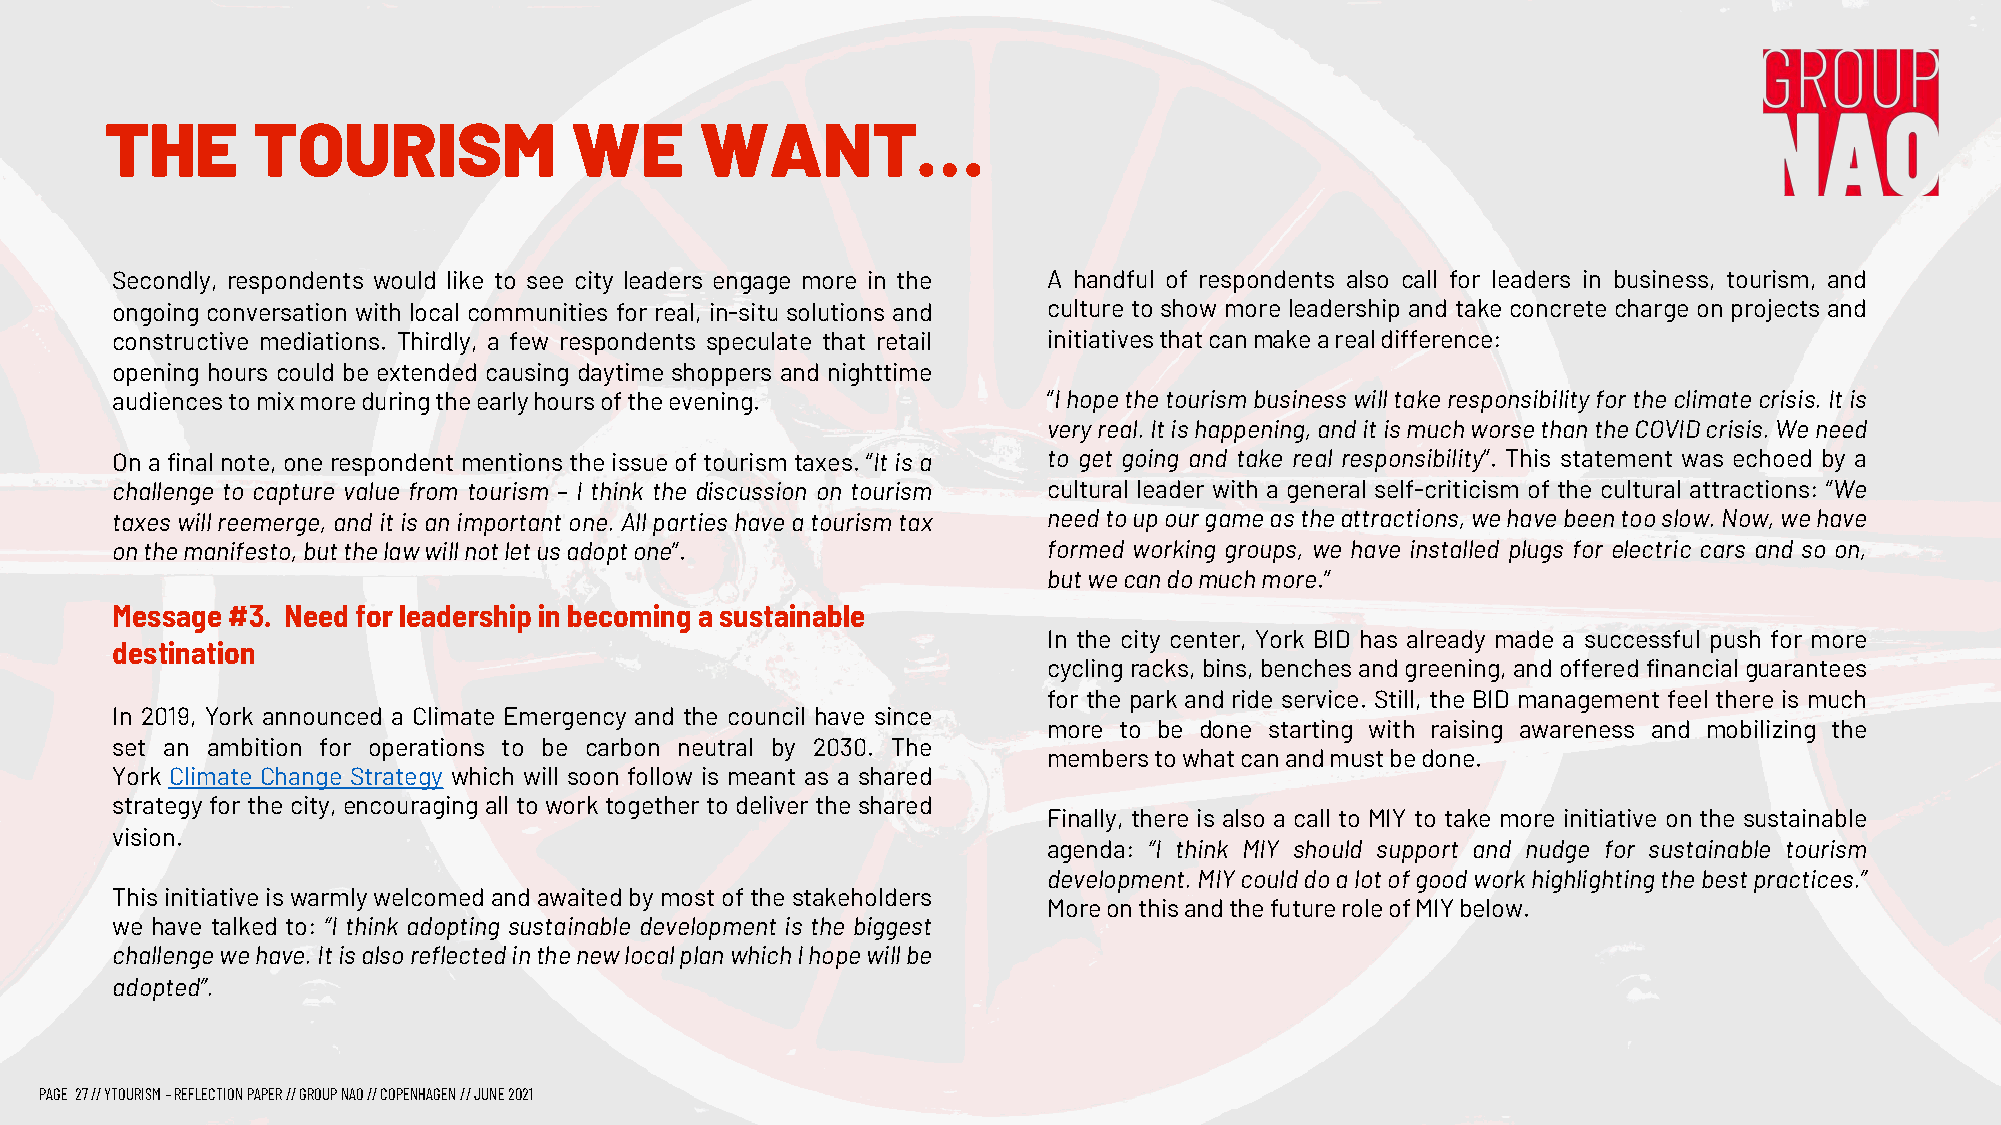
THE       TOURISM              WE      WANT…
 Secondly, respondents would like to see city leaders engage more in the A handful of respondents also call for leaders in business, tourism, and
 ongoing conversation with local communities for real, in-situ solutions and culture to show more leadership and take concrete charge on projects and
 constructive mediations. Thirdly, a few respondents speculate that retail initiativesthatcanmakearealdifference:
 opening hours could be extended causing daytime shoppers and nighttime
 audiencestomixmoreduringtheearlyhoursoftheevening.            “Ihopethetourismbusinesswilltakeresponsibilityfortheclimatecrisis.Itis
 veryreal.Itishappening,anditismuchworsethantheCOVIDcrisis.Weneed
 On a final note, one respondent mentions the issue of tourism taxes. “It is a to get going and take real responsibility”. This statement was echoed by a
 challenge to capture value from tourism – I think the discussion on tourism cultural leader with a general self-criticism of the cultural attractions: “We
 taxeswillreemerge,anditisanimportantone.Allpartieshaveatourismtax needtoupourgameastheattractions,wehavebeentooslow.Now,wehave
 onthemanifesto,butthelawwillnotletusadoptone”.                formed working groups, we have installed plugs for electric cars and so on,
 butwecandomuchmore.”
 Message #3. Need for leadership in becoming a sustainable
 In the city center, York BID has already made a successful push for more
 destination
 cyclingracks,bins,benchesandgreening,andofferedfinancialguarantees
 for the park and ride service. Still, the BID management feel there is much
 In 2019, York announced a Climate Emergency and the council have since
 more to be done starting with raising awareness and mobilizing the
 set an ambition for operations to be carbon neutral by 2030. The
 memberstowhatcanandmustbedone.
 York Climate Change Strategy which will soon follow is meant as a shared
 strategy for the city, encouraging all to work together to deliver the shared
 Finally, there is also a call to MIY to take more initiative on the sustainable
 vision.
 agenda: “I think MIY should support and nudge for sustainable tourism
 development.MIYcoulddoalotofgoodworkhighlightingthebestpractices.”
 Thisinitiativeiswarmlywelcomedandawaitedbymostofthestakeholders
 MoreonthisandthefutureroleofMIYbelow.
 we have talked to: “I think adopting sustainable development is the biggest
 challengewehave.ItisalsoreflectedinthenewlocalplanwhichIhopewillbe
 adopted”.
 PAGE 27// YTOURISM –REFLECTION PAPER // GROUP NAO // COPENHAGEN // JUNE 2021